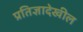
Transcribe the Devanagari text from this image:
प्रतिज्ञादेखील